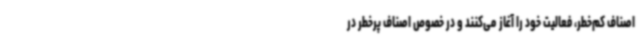
اصناف کم‌خطر، فعالیت خود را آغاز می‌کنند و در خصوص اصناف پرخطر در